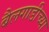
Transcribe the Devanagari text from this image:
बैलगाडीच्या